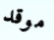
موقد